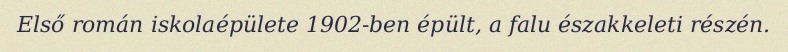
Első román iskolaépülete 1902-ben épült, a falu északkeleti részén.